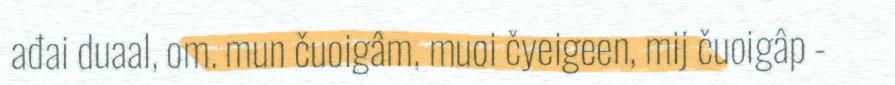
ađai duaal, om. mun čuoigâm, muoi čyeigeen, mij čuoigâp -